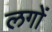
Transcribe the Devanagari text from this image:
लगों